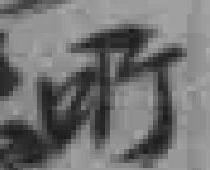
所